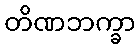
တိဏဘက္ခာ